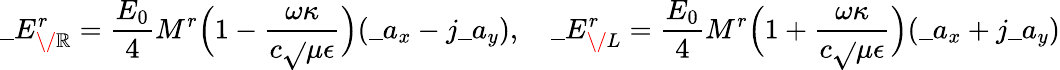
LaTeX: \_ E_{\/ \mathbb{R}}^{r}={\frac{{E_{0}}}{{4}}}M^{r}\Big(1-{\frac{{\omega\kappa}}{{c\sqrt{}{{\mu\epsilon}}}}}\Big)(\_ a_{x}-j\_ a_{y}),\quad\_ E_{\/ L}^{r}={\frac{{E_{0}}}{{4}}}M^{r}\Big(1+{\frac{{\omega\kappa}}{{c\sqrt{}{{\mu\epsilon}}}}}\Big)(\_ a_{x}+j\_ a_{y})